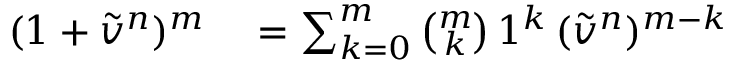
\begin{array} { r l } { ( 1 + \tilde { v } ^ { n } ) ^ { m } } & { { } = \sum _ { k = 0 } ^ { m } \binom { m } { k } \, 1 ^ { k } \, ( \tilde { v } ^ { n } ) ^ { m - k } } \end{array}